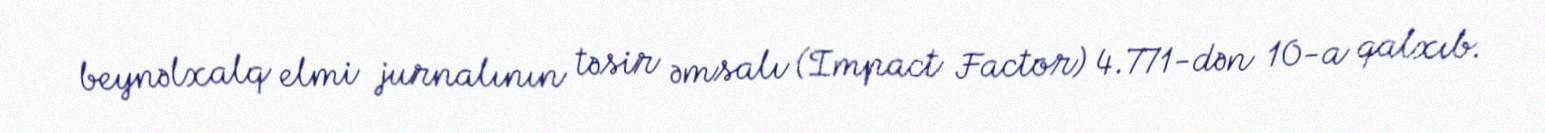
beynəlxalq elmi jurnalının təsir əmsalı (Impact Factor) 4.771-dən 10-a qalxıb.